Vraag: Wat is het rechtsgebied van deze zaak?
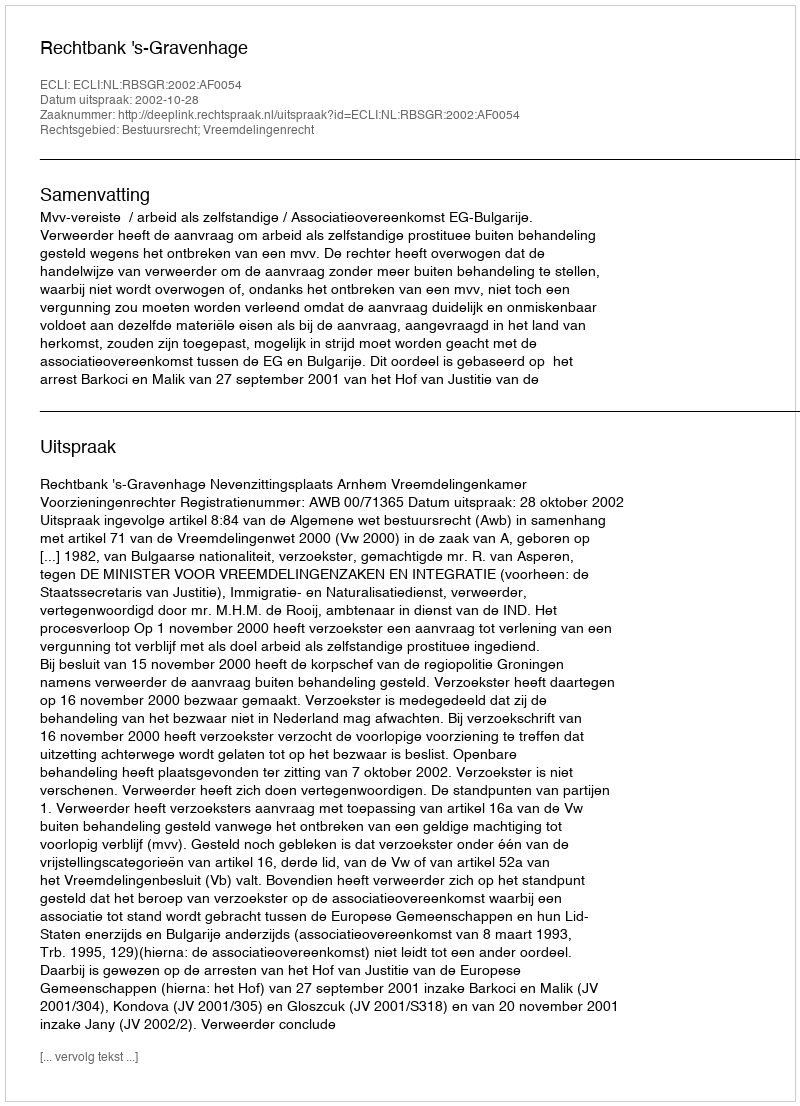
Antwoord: Bestuursrecht; Vreemdelingenrecht